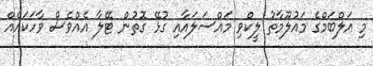
މި އަލްބަމްގެ މައުލޫމާތު ލީކްވި މައްސަލައާއި ގުޅޭ ގޮތުން ޓޭލާ އެއްވެސް ވާހަކައެއް